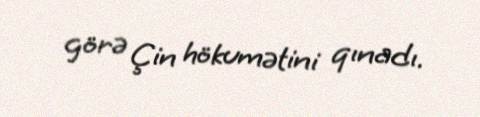
görə Çin hökumətini qınadı.